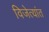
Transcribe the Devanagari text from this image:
विजेत्यांत